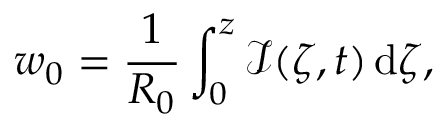
w _ { 0 } = \frac { 1 } { R _ { 0 } } \int _ { 0 } ^ { z } \mathcal { I } ( \zeta , t ) \, \mathrm { d } \zeta ,